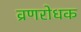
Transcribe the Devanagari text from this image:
व्रणरोधक